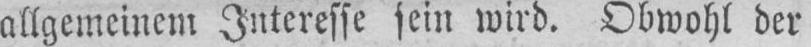
allgemeinem Interesse sein wird. Obwohl der